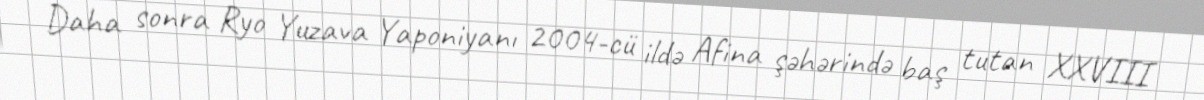
Daha sonra Ryo Yuzava Yaponiyanı 2004-cü ildə Afina şəhərində baş tutan XXVIII